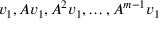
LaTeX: v _ { 1 } , A v _ { 1 } , A ^ { 2 } v _ { 1 } , \ldots , A ^ { m - 1 } v _ { 1 }